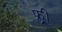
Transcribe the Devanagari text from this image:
फ्र्र्र्री